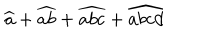
\widehat { a } + \widehat { a b } + \widehat { a b c } + \widehat { a b c d }